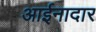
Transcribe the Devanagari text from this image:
आईनादार